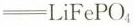
=LiFePO_{4}